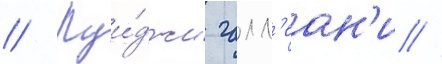
// Луи́джи галл'еан'и //